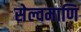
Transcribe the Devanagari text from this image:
सेल्वमाणि